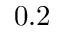
0 . 2